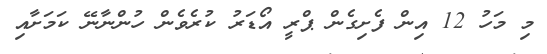
މި މަހު 12 އިން ފެށިގެން ޕްރީ އޯޑަރު ކުރެވެން ހުންނާނޭ ކަމަށާއި